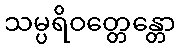
သမ္ပရိဝတ္တေန္တော